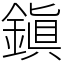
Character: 鎭